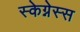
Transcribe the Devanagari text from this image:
स्केग्नेस्स